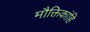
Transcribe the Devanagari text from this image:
मौक्तिकांहि